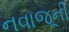
નવાજૂની